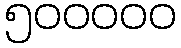
၅၀၀၀၀၀